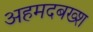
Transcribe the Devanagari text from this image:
अहमदबख्श